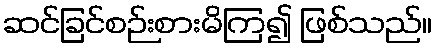
ဆင်ခြင်စဉ်းစားမိကြ၍ ဖြစ်သည်။